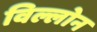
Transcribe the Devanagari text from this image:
विल्लोन